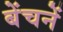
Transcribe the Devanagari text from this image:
बेंचनें